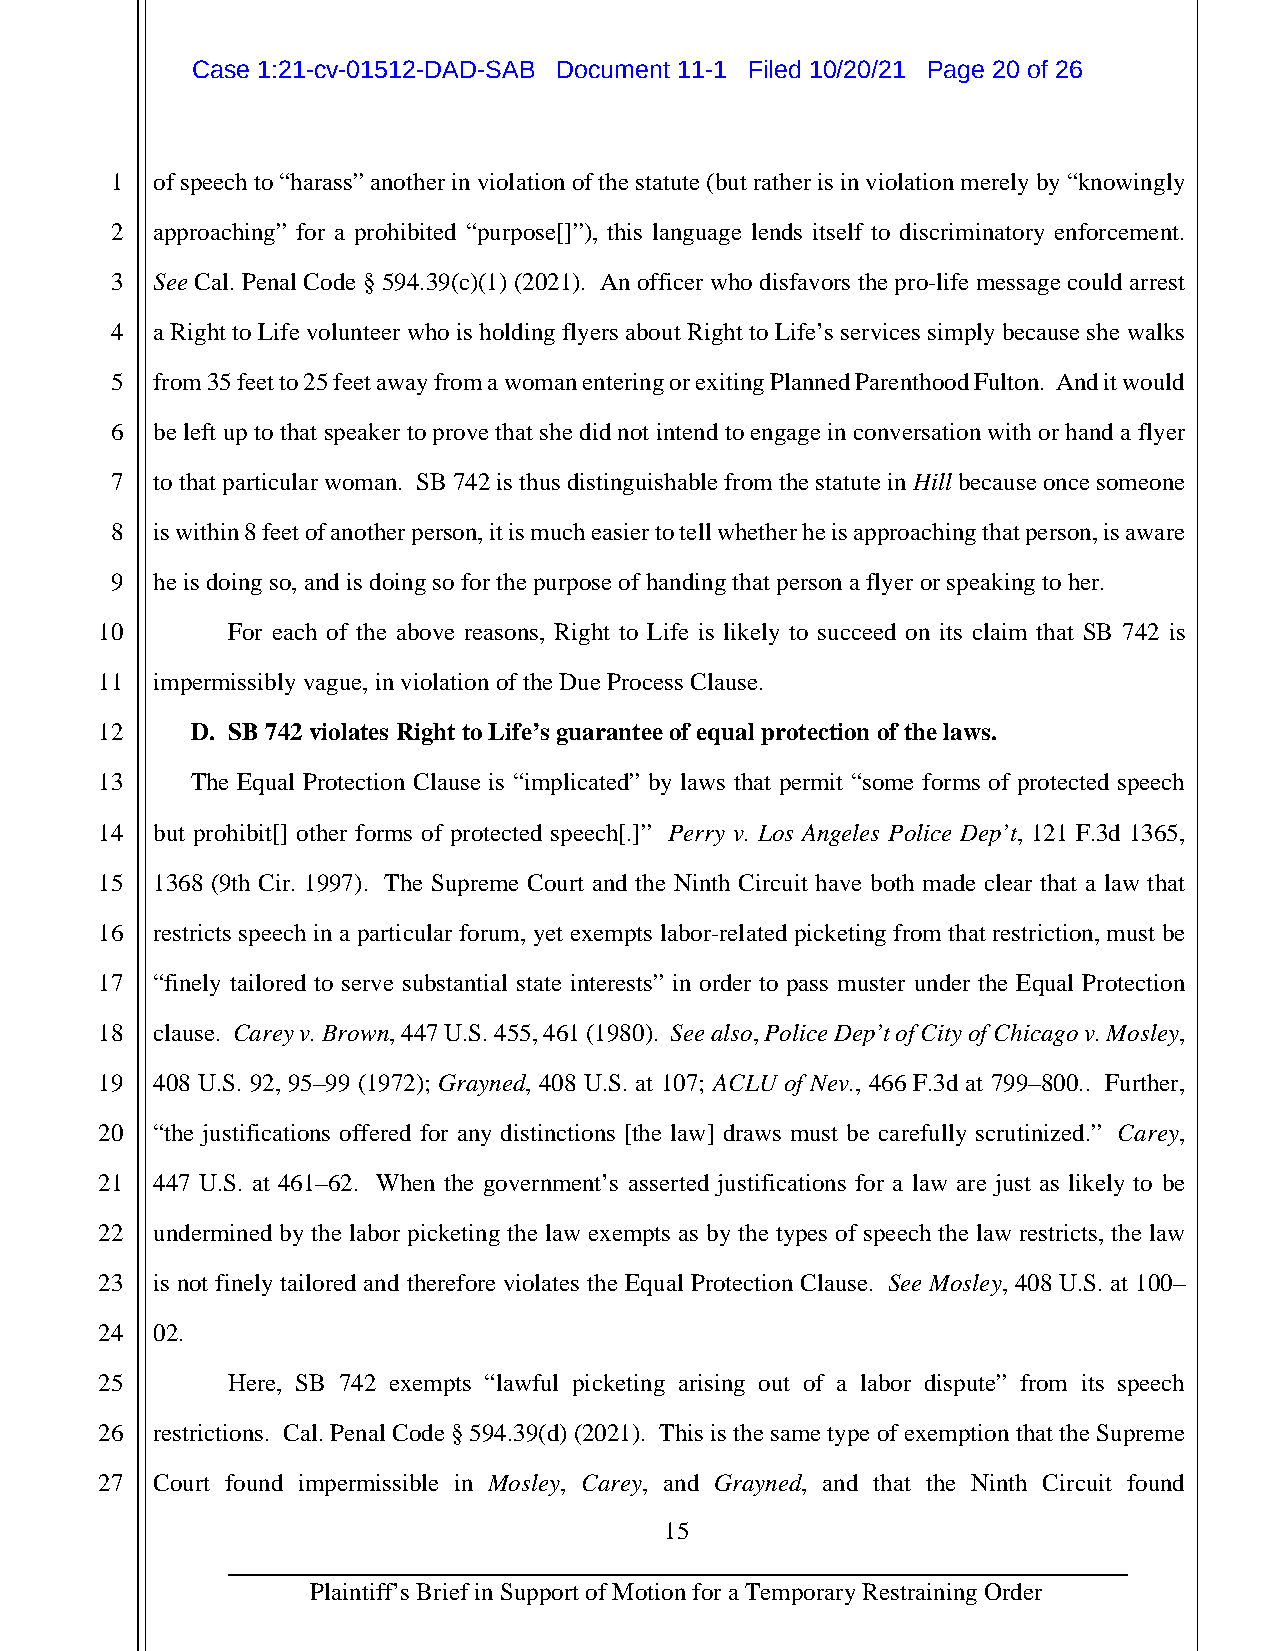
Case 1:21-cv-01512-DAD-SAB Document 11-1 Filed 10/20/21 Page 20 of 26
 1  of speech to “harass” another in violation of the statute (but rather is in violation merely by “knowingly
 2  approaching” for a prohibited “purpose[]”), this language lends itself to discriminatory enforcement.
 3  See Cal. Penal Code § 594.39(c)(1) (2021). An officer who disfavors the pro-life message could arrest
 4  a Right to Life volunteer who is holding flyers about Right to Life’s services simply because she walks
 5  from 35 feet to 25 feet away from a woman entering or exiting Planned Parenthood Fulton. And it would
 6  be left up to that speaker to prove that she did not intend to engage in conversation with or hand a flyer
 7  to that particular woman. SB 742 is thus distinguishable from the statute in Hill because once someone
 8  is within 8 feet of another person, it is much easier to tell whether he is approaching that person, is aware
 9  he is doing so, and is doing so for the purpose of handing that person a flyer or speaking to her.
 10       For each of the above reasons, Right to Life is likely to succeed on its claim that SB 742 is
 11  impermissibly vague, in violation of the Due Process Clause.
 12     D. SB 742 violates Right to Life’s guarantee of equal protection of the laws.
 13     The Equal Protection Clause is “implicated” by laws that permit “some forms of protected speech
 14  but prohibit[] other forms of protected speech[.]” Perry v. Los Angeles Police Dep’t, 121 F.3d 1365,
 15  1368 (9th Cir. 1997). The Supreme Court and the Ninth Circuit have both made clear that a law that
 16  restricts speech in a particular forum, yet exempts labor-related picketing from that restriction, must be
 17  “finely tailored to serve substantial state interests” in order to pass muster under the Equal Protection
 18  clause. Carey v. Brown, 447 U.S. 455, 461 (1980). See also, Police Dep’t of City of Chicago v. Mosley,
 19  408 U.S. 92, 95–99 (1972); Grayned, 408 U.S. at 107; ACLU of Nev., 466 F.3d at 799–800.. Further,
 20  “the justifications offered for any distinctions [the law] draws must be carefully scrutinized.” Carey,
 21  447 U.S. at 461–62. When the government’s asserted justifications for a law are just as likely to be
 22  undermined by the labor picketing the law exempts as by the types of speech the law restricts, the law
 23  is not finely tailored and therefore violates the Equal Protection Clause. See Mosley, 408 U.S. at 100–
 24  02.
 25       Here, SB 742 exempts “lawful picketing arising out of a labor dispute” from its speech
 26  restrictions. Cal. Penal Code § 594.39(d) (2021). This is the same type of exemption that the Supreme
 27  Court found impermissible in Mosley, Carey, and Grayned, and that the Ninth Circuit found
 15
 Plaintiff’s Brief in Support of Motion for a Temporary Restraining Order